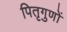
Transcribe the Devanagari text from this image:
पितृगुणों